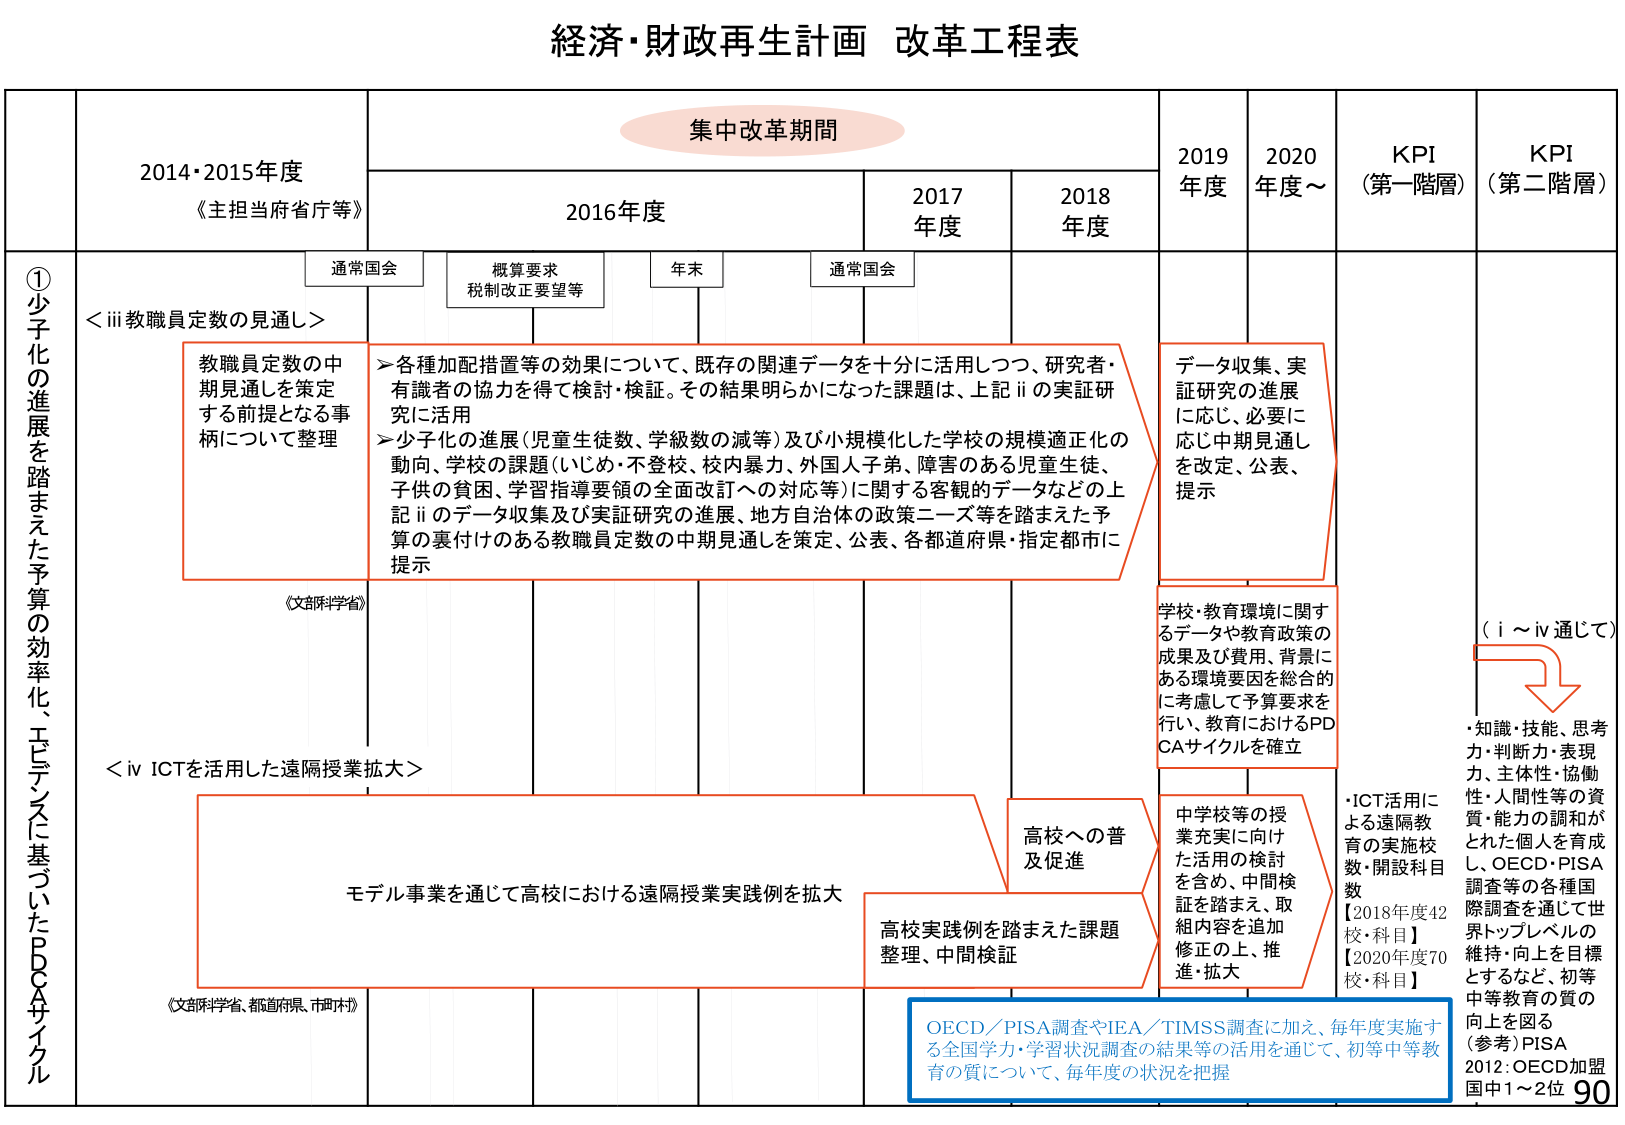
経済・財政再生計画 改革工程表

集中改革期間

2014・2015年度
《主担当府省庁等》

2016年度
通常国会
概算要求
税制改正要望等
年末
通常国会

2017年度
2018年度
2019年度
2020年度～
KPI（第一階層）
KPI（第二階層）

①少子化の進展を踏まえた予算の効率化、エビデンスに基づいたPDCAサイクル

＜iii 教職員定数の見通し＞

教職員定数の中 期見通しを策定 する前提となる事 柄について整理

＞各種加配措置等の効果について、既存の関連データを十分に活用しつつ、研究者・ 有識者の協力を得て検討・検証。その結果明らかになった課題は、上記iiの実証研 究に活用
＞少子化の進展（児童生徒数、学級数の減等）及び小規模化した学校の規模適正化の 動向、学校の課題（いじめ・不登校、校内暴力、外国人子弟、障害のある児童生徒、 子供の貧困、学習指導要領の全面改訂への対応等）に関する客観的データなどの上 記iiのデータ収集及び実証研究の進展、地方自治体の政策ニーズ等を踏まえた予 算の裏付けのある教職員定数の中 期見通しを策定、公表、各都道府県・指定都市に 提示

データ収集、実 証研究の進展 に応じ、必要に 応じ中期見通し を改定、公表、 提示

〈文部科学省〉

学校・教育環境に関す るデータや教育政策の 成果及び費用、背景に ある環境要因を総合的 に考慮して予算要求を 行い、教育におけるPD CAサイクルを確立

（i～iv通じて）
・知識・技能、思考 力・判断力・表現 力、主体性・協働 性・人間性等の資 質・能力の調和が とれた個人を育成 し、OECD・PISA 調査等の各種国 際調査を通じて世 界トップレベルの 維持・向上を目標 とするなど、初等 中等教育の質の 向上を図る
（参考）PISA 2012：OECD加盟 国中1～2位

＜iv ICTを活用した遠隔授業拡大＞

モデル事業を通じて高校における遠隔授業実践例を拡大

高校への普 及促進

高校実践例を踏まえた課題 整理、中間検証

中学校等の授 業充実に向け た活用の検討 を含め、中間検 証を踏まえ、取 組内容を追加 修正の上、推 進・拡大

・ICT活用に よる遠隔教 育の実施校 数・開設科目 数
【2018年度42 校・科目】
【2020年度70 校・科目】

OECD／PISA調査やIEA／TIMSS調査に加え、毎年度実施す る全国学力・学習状況調査の結果等の活用を通じて、初等中等教 育の質について、毎年度の状況を把握

〈文部科学省、都道府県、市町村〉

90